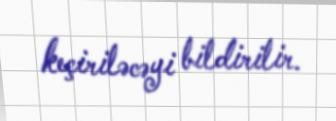
keçiriləcəyi bildirilir.